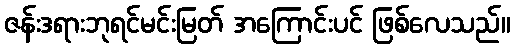
ဇန်းဒရားဘုရင်မင်းမြတ် အကြောင်းပင် ဖြစ်လေသည်။